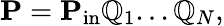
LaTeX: \mathbf{P}=\mathbf{P}_{\mathrm{in}}\mathbb{Q}_{1}...\mathbb{Q}_{N},